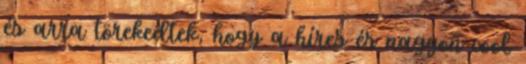
és arra törekedtek, hogy a híres és nagyon cool